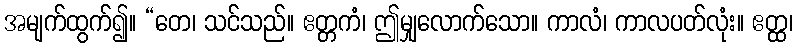
အမျက်ထွက်၍။ “တေ၊ သင်သည်။ ဧတ္တကံ၊ ဤမျှလောက်သော။ ကာလံ၊ ကာလပတ်လုံး။ ဧတ္ထ၊